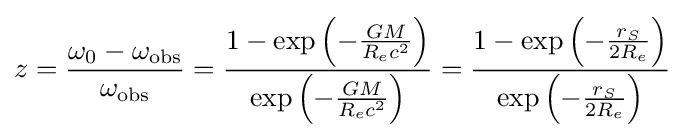
z={\frac {\omega _{0}-\omega _{\text{obs}}}{\omega _{\text{obs}}}}={\frac {1-\exp \left(-{\frac {GM}{R_{e}c^{2}}}\right)}{\exp \left(-{\frac {GM}{R_{e}c^{2}}}\right)}}={\frac {1-\exp \left(-{\frac {r_{S}}{2R_{e}}}\right)}{\exp \left(-{\frac {r_{S}}{2R_{e}}}\right)}}